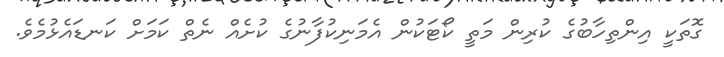
ގޮތަކީ އިންތިހާބުގެ ކުރިން މަތީ ކޯޓަކުން އެމަނިކުފާނުގެ ކުށެއް ނެތް ކަމަށް ކަނޑައެޅުމެވެ.